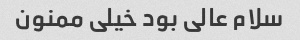
سلام عالی بود خیلی ممنون